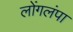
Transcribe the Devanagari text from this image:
लोंगलंपा